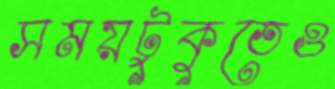
সময়টুকুতেও